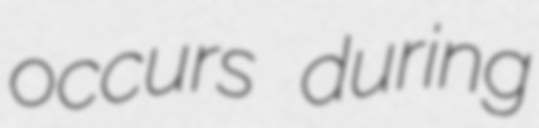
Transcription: occurs during